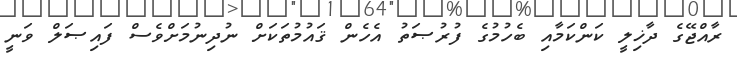
ރާއްޖޭގެ ދާޚިލީ ކަންކަމާއި ބެހުމުގެ ފުރުޞަތު އެހެން ޤައުމުތަކަށް ނުދިނުމަށްވެސް ފައިޞަލް ވަނީ